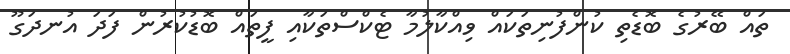
ތައް ބޭރުގެ ބޮޑެތި ކުންފުނިތަކައް ވިއްކާލުމާ ޓެކްސްތަކާއި ފީތައް ބޮޑުކުރުން ފަދަ އުނދަގޫ